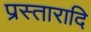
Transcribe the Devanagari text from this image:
प्रस्तारादि